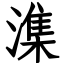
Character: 潗